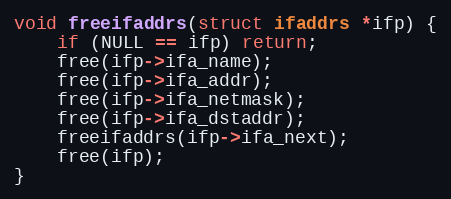
Language: C++
void freeifaddrs(struct ifaddrs *ifp) {
    if (NULL == ifp) return;
    free(ifp->ifa_name);
    free(ifp->ifa_addr);
    free(ifp->ifa_netmask);
    free(ifp->ifa_dstaddr);
    freeifaddrs(ifp->ifa_next);
    free(ifp);
}